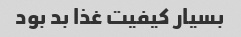
بسیار کیفیت غذا بد بود